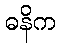
ဓနိက